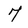
Character: 7